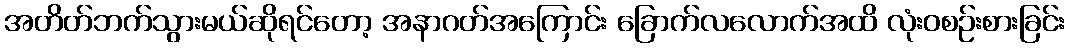
အတိတ်ဘက်သွားမယ်ဆိုရင်တော့ အနာဂတ်အကြောင်း ခြောက်လလောက်အထိ လုံးဝစဉ်းစားခြင်း